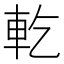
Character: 𨊰